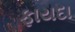
ફાયદા